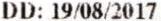
DD: 19/08/2017